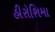
હીરોશિમા